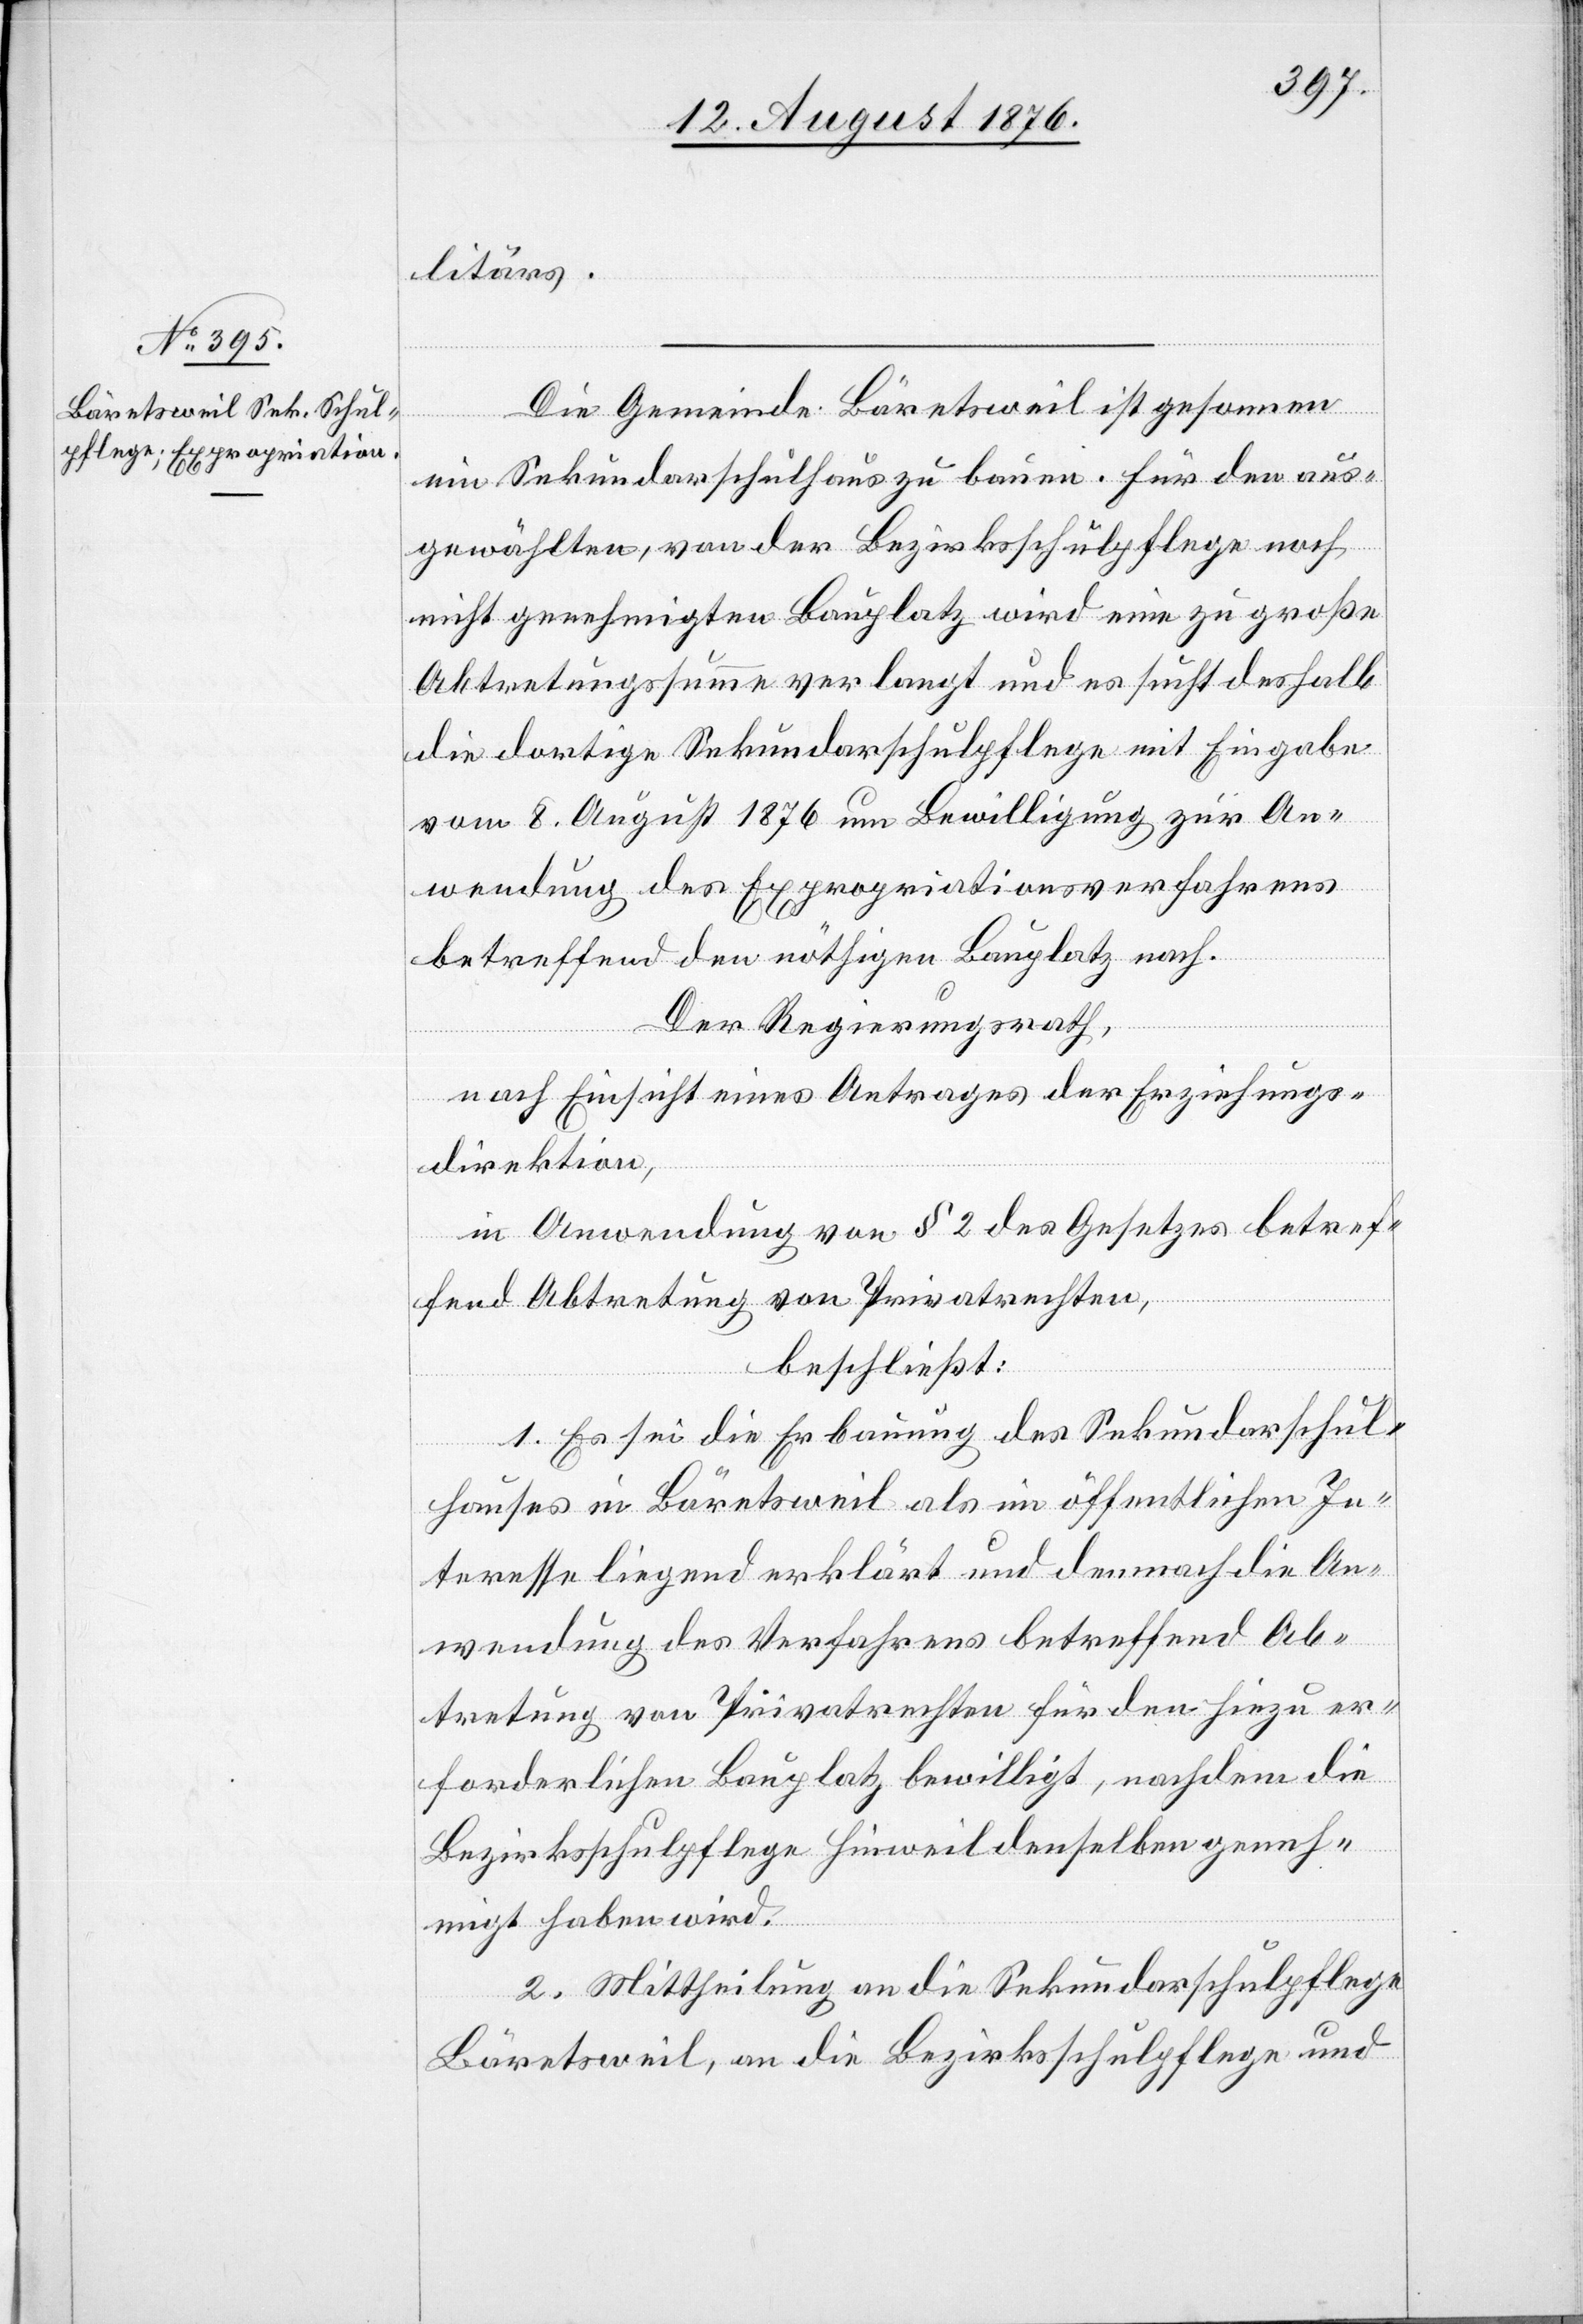
litärs.
Die Gemeinde Bäretsweil ist gesonnen
ein Sekundarschulhaus zu bauen. Für den aus¬
gewählten, von der Bezirksschulpflege noch
nicht genehmigten Bauplatz wird eine zu große
Abtretungssumme verlangt und es sucht deshalb
die dortige Sekundarschulpflege mit Eingabe
vom 8. August 1876 um Bewilligung zur An¬
wendung des Expropriationsverfahrens
betreffend den nöthigen Bauplatz nach.
Der Regierungsrath,
nach Einsicht eines Antrages der Erziehungs¬
direktion,
in Anwendung von § 2 des Gesetzes betref¬
fend Abtretung von Privatrechten,
beschließt:
1. Es sei die Erbauung des Sekundarschul¬
hauses in Bäretsweil als im öffentlichen In¬
teresse liegend erklärt und demnach die An¬
wendung des Verfahrens betreffend Ab¬
tretung von Privatrechten für den hiezu er¬
forderlichen Bauplatz bewilligt, nachdem die
Bezirksschulpflege Hinweil denselben geneh¬
migt haben wird.
2. Mittheilung an die Sekundarschulpflege
Bäretsweil, an die Bezirksschulpflege und